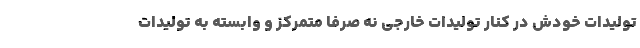
تولیدات خودش در کنار تولیدات خارجی نه صرفاً متمرکز و وابسته به تولیدات